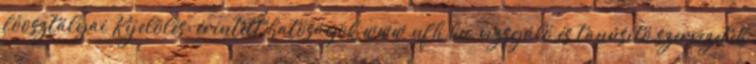
főosztályai Kijelölés: érintett hatóságok www.nfh.hu, vizsgáló és tanúsító szervezetek